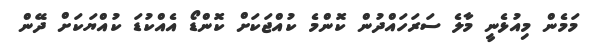
މަމެން މިއުޅެނީ މާލެ ސަރަހައްދުން ކޮންމެ ކުއްޖަކަށް ކޮންޑޯ އެއްކުޑަ ކުއްޔަކަށް ދޭން